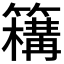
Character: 𥵡